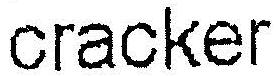
CRACKER